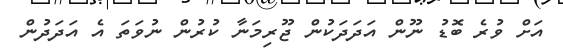
އަށް ވުރެ ބޮޑު ނޫން އަދަދަކުން ޖޫރިމަނާ ކުރުން ނުވަތަ އެ އަދަދުން